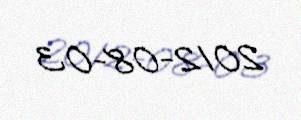
2012-08-03